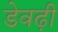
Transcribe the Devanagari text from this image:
डेवढ़ी